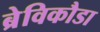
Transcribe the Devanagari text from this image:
ब्रेविकौडा